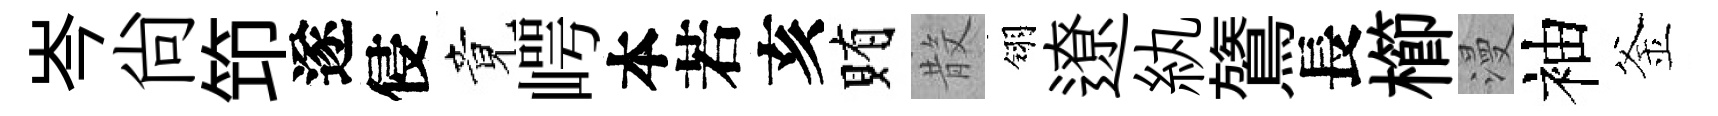
岑尚笻遂侵竟崿本若亥賄𣪚翎遼紈鷟長櫛漫袖釜